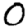
Digit: 0